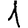
Digit: 1